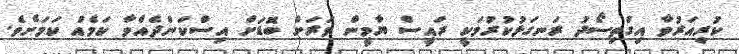
ކުރިއަރުވާ އިގްތިސޯދު ރަނގަޅުކުރުމަކީ ރައީސް ޔާމީން ވަރަށް ބޮޑަށް އިސްކަންދެއްވާ ކަމެއް ކަމަށެވެ.